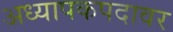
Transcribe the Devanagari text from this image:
अध्यापकपदावर